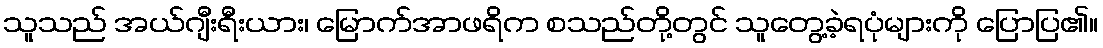
သူသည် အယ်ဂျီးရီးယား၊ မြောက်အာဖရိက စသည်တို့တွင် သူတွေ့ခဲ့ရပုံများကို ပြောပြ၏။